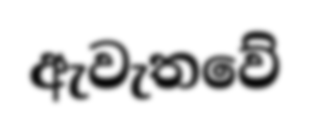
ඇවැතවේ